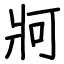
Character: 牁